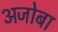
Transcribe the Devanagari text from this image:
अजोबा